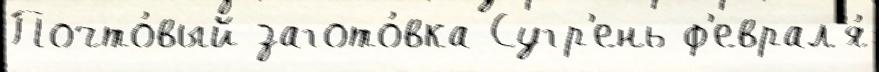
Почто́вый загото́вка Сугр'ень ф'еврал'я́